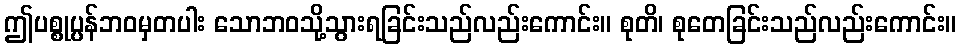
ဤပစ္စုပ္ပန်ဘဝမှတပါး သောဘဝသို့သွားရခြင်းသည်လည်းကောင်း။ စုတိ၊ စုတေခြင်းသည်လည်းကောင်း။